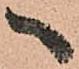
へ